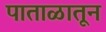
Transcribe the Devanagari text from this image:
पाताळातून